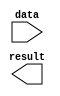
// megafunction wizard: %LPM_INV%VBB%
// GENERATION: STANDARD
// VERSION: WM1.0
// MODULE: lpm_inv 

// ============================================================
// Megafunction Name(s):
// 			lpm_inv
//
// Simulation Library Files(s):
// 			lpm
// ============================================================
// ************************************************************
// THIS IS A WIZARD-GENERATED FILE. DO NOT EDIT THIS FILE!
//
// 9.0 Build 184 04/29/2009 SP 1 SJ Full Version
// ************************************************************

//Copyright (C) 1991-2009 Altera Corporation
//Your use of Altera Corporation's design tools, logic functions 
//and other software and tools, and its AMPP partner logic 
//functions, and any output files from any of the foregoing 
//(including device programming or simulation files), and any 
//associated documentation or information are expressly subject 
//to the terms and conditions of the Altera Program License 
//Subscription Agreement, Altera MegaCore Function License 
//Agreement, or other applicable license agreement, including, 
//without limitation, that your use is for the sole purpose of 
//programming logic devices manufactured by Altera and sold by 
//Altera or its authorized distributors.  Please refer to the 
//applicable agreement for further details.

module lpm_inv0 (
	data,
	result);

	input	[7:0]  data;
	output	[7:0]  result;

endmodule

// ============================================================
// CNX file retrieval info
// ============================================================
// Retrieval info: PRIVATE: INTENDED_DEVICE_FAMILY STRING "Cyclone III"
// Retrieval info: PRIVATE: SYNTH_WRAPPER_GEN_POSTFIX STRING "0"
// Retrieval info: PRIVATE: nBit NUMERIC "8"
// Retrieval info: CONSTANT: LPM_TYPE STRING "LPM_INV"
// Retrieval info: CONSTANT: LPM_WIDTH NUMERIC "8"
// Retrieval info: USED_PORT: data 0 0 8 0 INPUT NODEFVAL data[7..0]
// Retrieval info: USED_PORT: result 0 0 8 0 OUTPUT NODEFVAL result[7..0]
// Retrieval info: CONNECT: @data 0 0 8 0 data 0 0 8 0
// Retrieval info: CONNECT: result 0 0 8 0 @result 0 0 8 0
// Retrieval info: LIBRARY: lpm lpm.lpm_components.all
// Retrieval info: GEN_FILE: TYPE_NORMAL lpm_inv0.v TRUE
// Retrieval info: GEN_FILE: TYPE_NORMAL lpm_inv0.inc TRUE
// Retrieval info: GEN_FILE: TYPE_NORMAL lpm_inv0.cmp TRUE
// Retrieval info: GEN_FILE: TYPE_NORMAL lpm_inv0.bsf TRUE FALSE
// Retrieval info: GEN_FILE: TYPE_NORMAL lpm_inv0_inst.v TRUE
// Retrieval info: GEN_FILE: TYPE_NORMAL lpm_inv0_bb.v TRUE
// Retrieval info: LIB_FILE: lpm
// Retrieval info: CBX_MODULE_PREFIX: ON